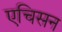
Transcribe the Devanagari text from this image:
एचिसन